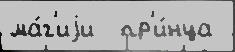
ма́г'иjи  пр'и́нца